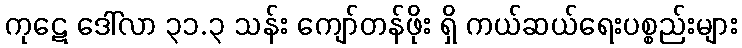
ကုဋေ ဒေါ်လာ ၃၁.၃ သန်း ကျော်တန်ဖိုး ရှိ ကယ်ဆယ်ရေးပစ္စည်းများ